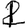
Digit: 2